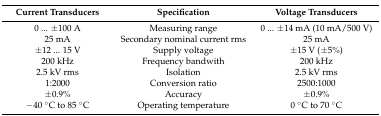
<table><thead><tr><td><b>Current Transducers</b></td><td><b>Specification</b></td><td><b>Voltage Transducers</b></td></tr></thead><tbody><tr><td>0 ... ±100 A</td><td>Measuring range</td><td>0 ... ±14 mA (10 mA/500 V)</td></tr><tr><td>25 mA</td><td>Secondary nominal current rms</td><td>25 mA</td></tr><tr><td>±12 ... 15 V</td><td>Supply voltage</td><td>±15 V (±5%)</td></tr><tr><td>200 kHz</td><td>Frequency bandwith</td><td>200 kHz</td></tr><tr><td>2.5 kV rms</td><td>Isolation</td><td>2.5 kV rms</td></tr><tr><td>1:2000</td><td>Conversion ratio</td><td>2500:1000</td></tr><tr><td>±0.9%</td><td>Accuracy</td><td>±0.9%</td></tr><tr><td>−40 °C to 85 °C</td><td>Operating temperature</td><td>0 °C to 70 °C</td></tr></tbody></table>